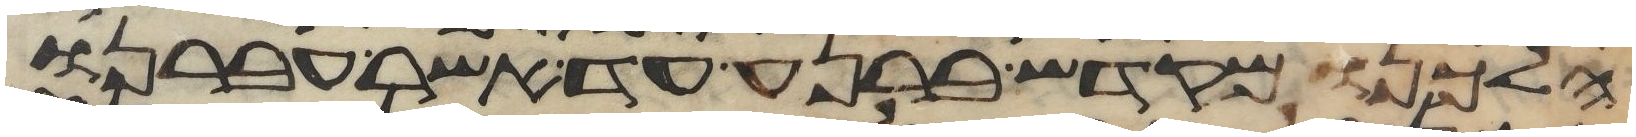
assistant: הלכנו מקדש ברנע עד אשר עברנו